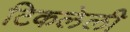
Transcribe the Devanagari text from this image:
टिकलेली